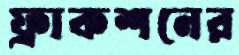
ফ্রাকশনের